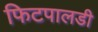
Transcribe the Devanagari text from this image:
फिटपालडी